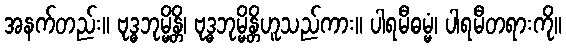
အနက်တည်း။ ဗုဒ္ဓဘုမ္မိန္တိ၊ ဗုဒ္ဓဘုမ္မိန္တိဟူသည်ကား။ ပါရမီဓမ္မံ၊ ပါရမီတရားကို။